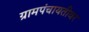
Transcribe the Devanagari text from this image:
ग्रामपंचायतीवर